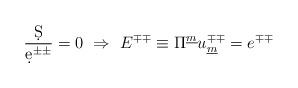
LaTeX: \begin{align*}{\d S\over{\d e^{\pm\pm}}} = 0 ~\Rightarrow~E^{\mp\mp} \equiv \Pi^{\underline{m}}u_{\underline{m}}^{\mp\mp} = e^{\mp\mp }\end{align*}